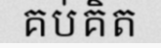
គប់គិត